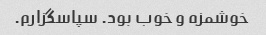
خوشمزه و خوب بود. سپاسگزارم.